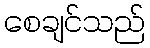
စေချင်သည်